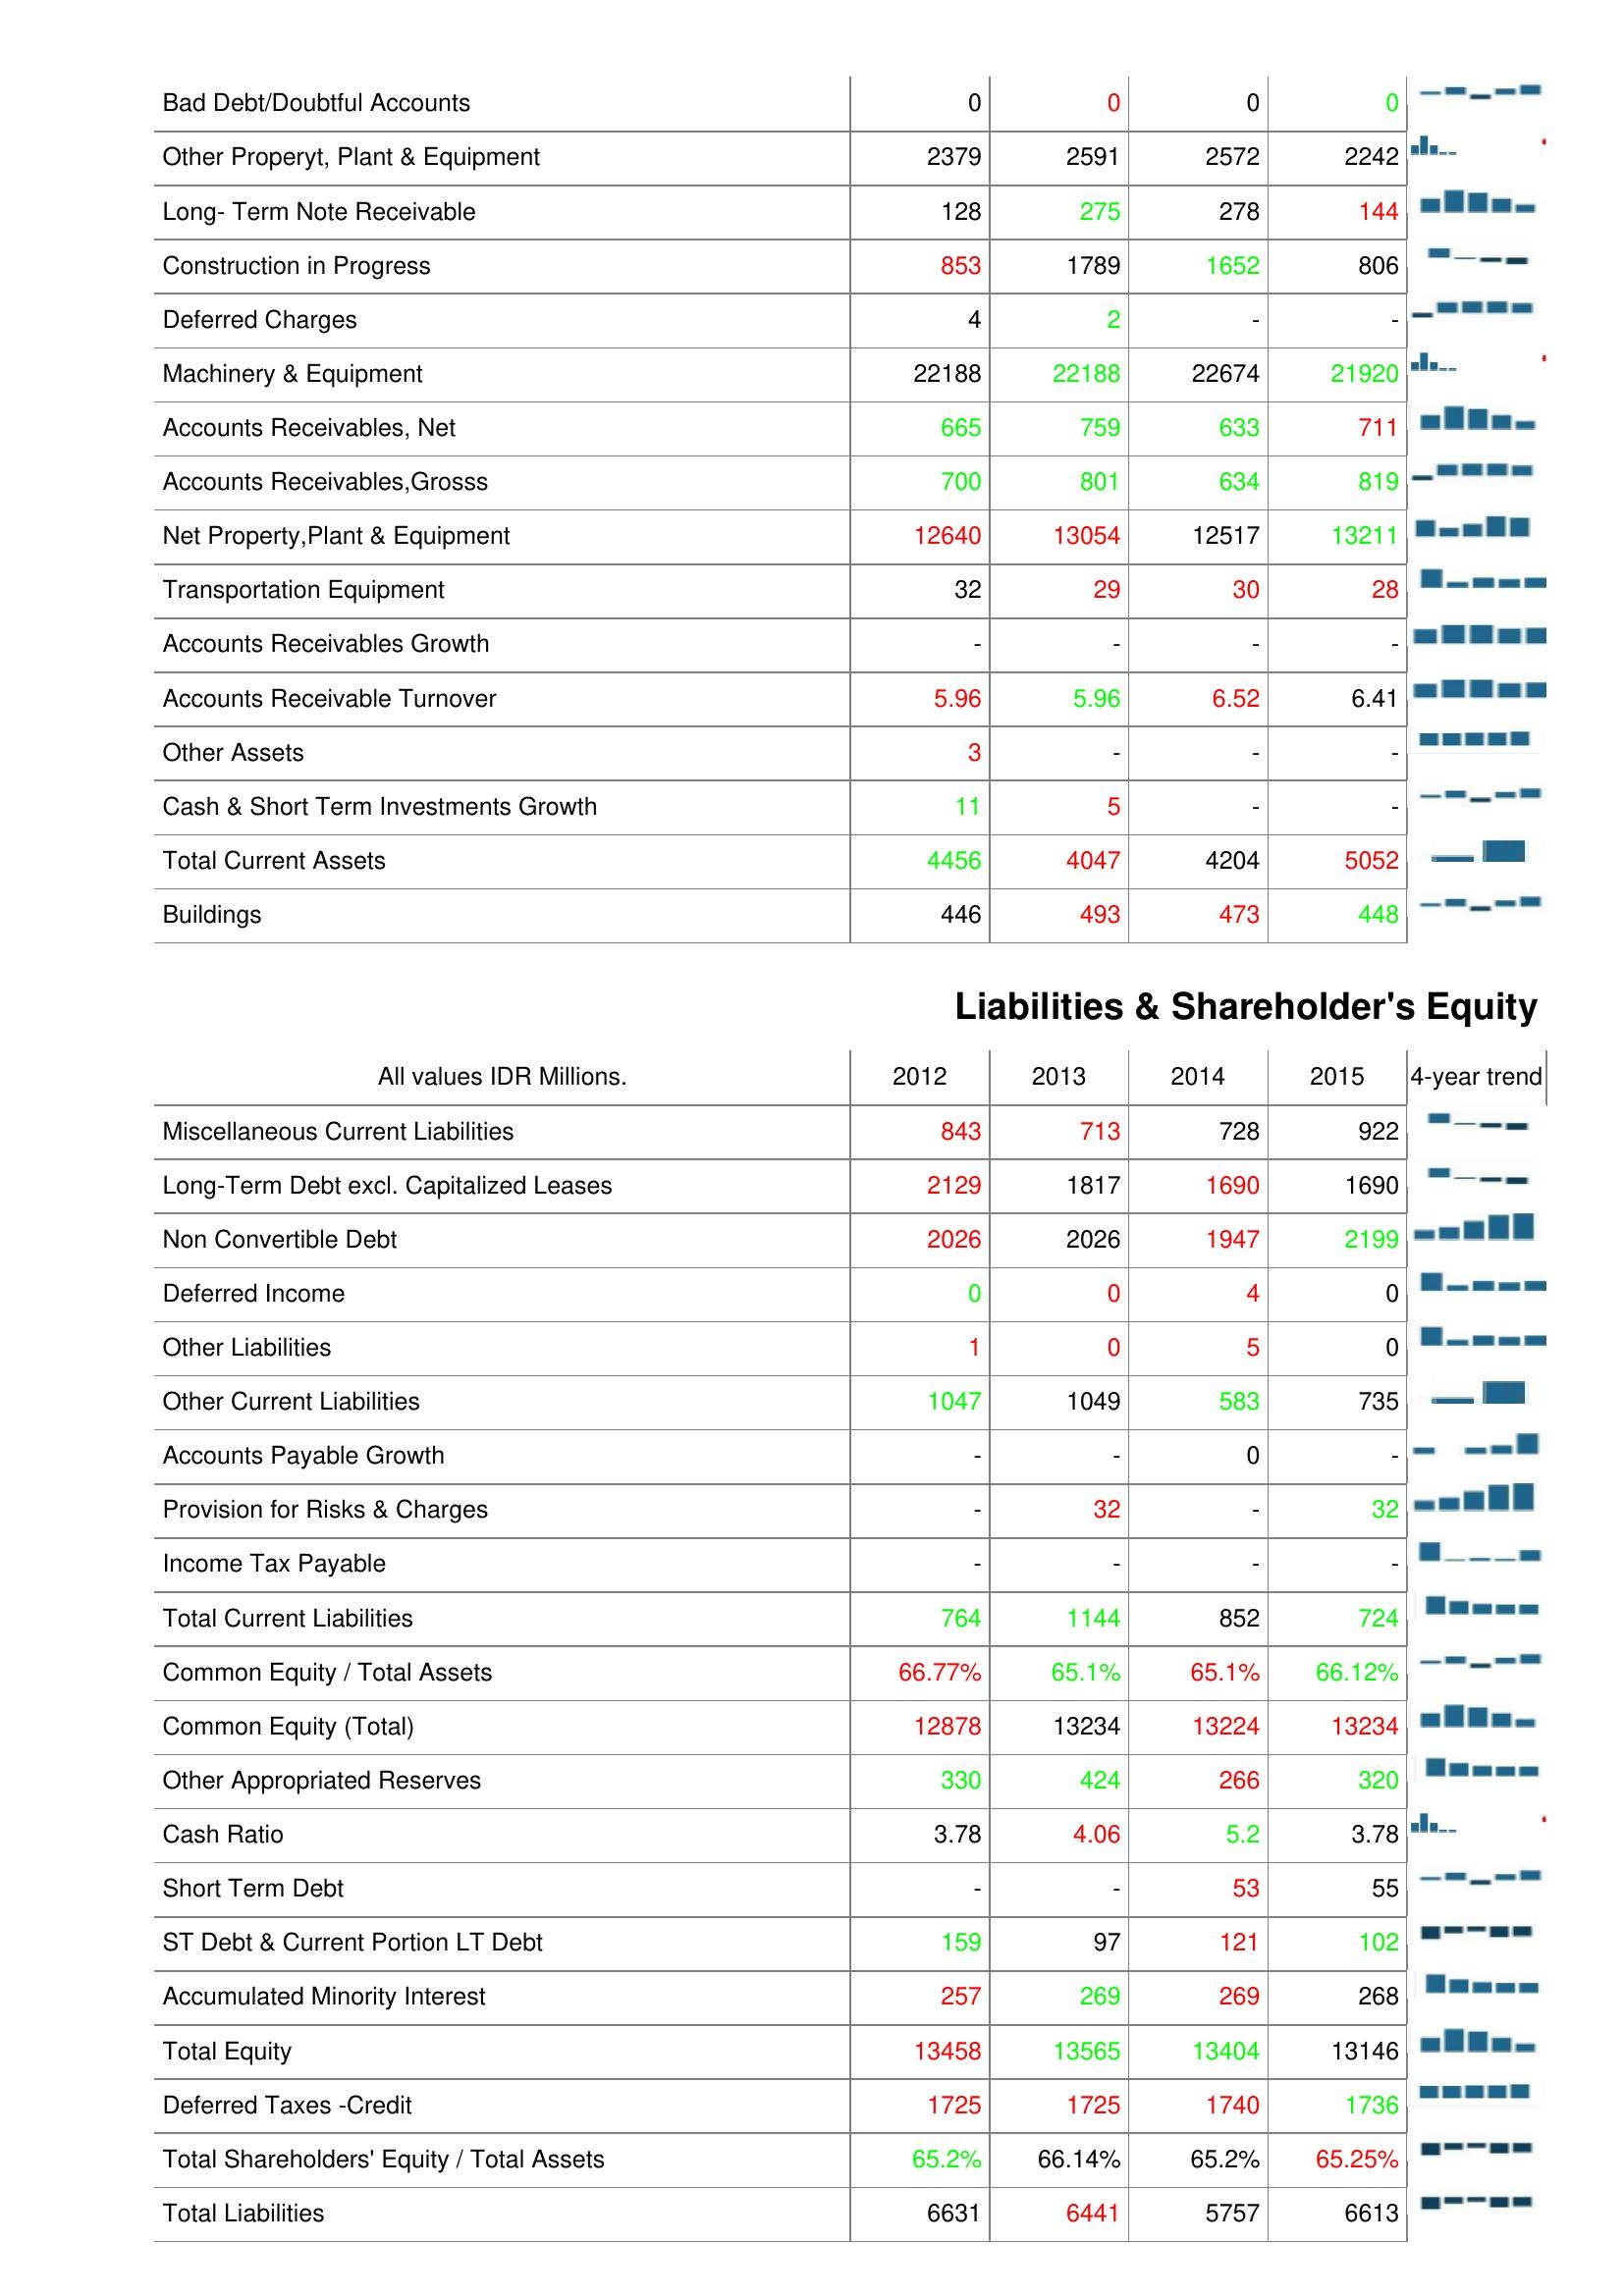
2012: Assets: Bad Debt/Doubtful Accounts: 0
Other Properyt, Plant & Equipment: 2379
Long- Term Note Receivable: 128
Construction in Progress: 853
Deferred Charges: 4
Machinery & Equipment: 22188
Accounts Receivables, Net: 665
Accounts Receivables,Grosss: 700
Net Property,Plant & Equipment: 12640
Transportation Equipment: 32
Accounts Receivables Growth: -
Accounts Receivable Turnover: 5.96
Other Assets: 3
Cash & Short Term Investments Growth: 11
Total Current Assets: 4456
Buildings: 446
Liabilities & Shareholder's Equity: Miscellaneous Current Liabilities: 843
Long-Term Debt excl. Capitalized Leases: 2129
Non Convertible Debt: 2026
Deferred Income: 0
Other Liabilities: 1
Other Current Liabilities: 1047
Accounts Payable Growth: -
Provision for Risks & Charges: -
Income Tax Payable: -
Total Current Liabilities: 764
Common Equity / Total Assets: 66.77%
Common Equity (Total): 12878
Other Appropriated Reserves: 330
Cash Ratio: 3.78
Short Term Debt: -
ST Debt & Current Portion LT Debt: 159
Accumulated Minority Interest: 257
Total Equity: 13458
Deferred Taxes -Credit: 1725
Total Shareholders' Equity / Total Assets: 65.2%
Total Liabilities: 6631
2013: Assets: Bad Debt/Doubtful Accounts: 0
Other Properyt, Plant & Equipment: 2591
Long- Term Note Receivable: 275
Construction in Progress: 1789
Deferred Charges: 2
Machinery & Equipment: 22188
Accounts Receivables, Net: 759
Accounts Receivables,Grosss: 801
Net Property,Plant & Equipment: 13054
Transportation Equipment: 29
Accounts Receivables Growth: -
Accounts Receivable Turnover: 5.96
Other Assets: -
Cash & Short Term Investments Growth: 5
Total Current Assets: 4047
Buildings: 493
Liabilities & Shareholder's Equity: Miscellaneous Current Liabilities: 713
Long-Term Debt excl. Capitalized Leases: 1817
Non Convertible Debt: 2026
Deferred Income: 0
Other Liabilities: 0
Other Current Liabilities: 1049
Accounts Payable Growth: -
Provision for Risks & Charges: 32
Income Tax Payable: -
Total Current Liabilities: 1144
Common Equity / Total Assets: 65.1%
Common Equity (Total): 13234
Other Appropriated Reserves: 424
Cash Ratio: 4.06
Short Term Debt: -
ST Debt & Current Portion LT Debt: 97
Accumulated Minority Interest: 269
Total Equity: 13565
Deferred Taxes -Credit: 1725
Total Shareholders' Equity / Total Assets: 66.14%
Total Liabilities: 6441
2014: Assets: Bad Debt/Doubtful Accounts: 0
Other Properyt, Plant & Equipment: 2572
Long- Term Note Receivable: 278
Construction in Progress: 1652
Deferred Charges: -
Machinery & Equipment: 22674
Accounts Receivables, Net: 633
Accounts Receivables,Grosss: 634
Net Property,Plant & Equipment: 12517
Transportation Equipment: 30
Accounts Receivables Growth: -
Accounts Receivable Turnover: 6.52
Other Assets: -
Cash & Short Term Investments Growth: -
Total Current Assets: 4204
Buildings: 473
Liabilities & Shareholder's Equity: Miscellaneous Current Liabilities: 728
Long-Term Debt excl. Capitalized Leases: 1690
Non Convertible Debt: 1947
Deferred Income: 4
Other Liabilities: 5
Other Current Liabilities: 583
Accounts Payable Growth: 0
Provision for Risks & Charges: -
Income Tax Payable: -
Total Current Liabilities: 852
Common Equity / Total Assets: 65.1%
Common Equity (Total): 13224
Other Appropriated Reserves: 266
Cash Ratio: 5.2
Short Term Debt: 53
ST Debt & Current Portion LT Debt: 121
Accumulated Minority Interest: 269
Total Equity: 13404
Deferred Taxes -Credit: 1740
Total Shareholders' Equity / Total Assets: 65.2%
Total Liabilities: 5757
2015: Assets: Bad Debt/Doubtful Accounts: 0
Other Properyt, Plant & Equipment: 2242
Long- Term Note Receivable: 144
Construction in Progress: 806
Deferred Charges: -
Machinery & Equipment: 21920
Accounts Receivables, Net: 711
Accounts Receivables,Grosss: 819
Net Property,Plant & Equipment: 13211
Transportation Equipment: 28
Accounts Receivables Growth: -
Accounts Receivable Turnover: 6.41
Other Assets: -
Cash & Short Term Investments Growth: -
Total Current Assets: 5052
Buildings: 448
Liabilities & Shareholder's Equity: Miscellaneous Current Liabilities: 922
Long-Term Debt excl. Capitalized Leases: 1690
Non Convertible Debt: 2199
Deferred Income: 0
Other Liabilities: 0
Other Current Liabilities: 735
Accounts Payable Growth: -
Provision for Risks & Charges: 32
Income Tax Payable: -
Total Current Liabilities: 724
Common Equity / Total Assets: 66.12%
Common Equity (Total): 13234
Other Appropriated Reserves: 320
Cash Ratio: 3.78
Short Term Debt: 55
ST Debt & Current Portion LT Debt: 102
Accumulated Minority Interest: 268
Total Equity: 13146
Deferred Taxes -Credit: 1736
Total Shareholders' Equity / Total Assets: 65.25%
Total Liabilities: 6613